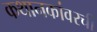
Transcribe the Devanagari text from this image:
कथानकांवरची